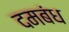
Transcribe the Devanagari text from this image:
दमबंध